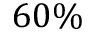
6 0 \%